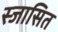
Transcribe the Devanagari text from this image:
स्जासित